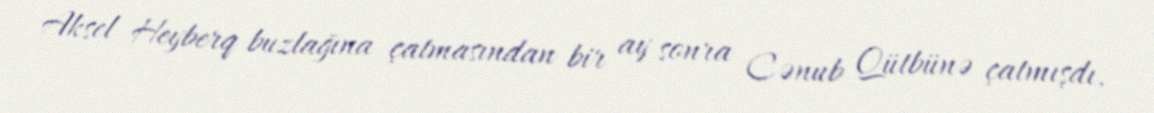
Aksel Heyberq buzlağına çatmasından bir ay sonra Cənub Qütbünə çatmışdı.